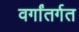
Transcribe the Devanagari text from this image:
वर्गांतर्गत